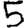
Digit: 5